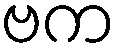
ဗက